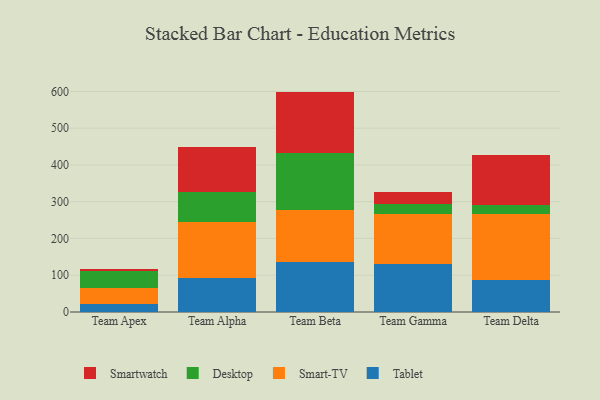
{"axis": {"x": "Team", "y": "Market Share (%)"}, "legend": ["Desktop", "Smart-TV", "Smartwatch", "Tablet"], "data": [{"x": "Team Apex", "y": 21.9, "type": "Tablet"}, {"x": "Team Apex", "y": 44.4, "type": "Smart-TV"}, {"x": "Team Apex", "y": 45.3, "type": "Desktop"}, {"x": "Team Apex", "y": 5.6, "type": "Smartwatch"}, {"x": "Team Alpha", "y": 93.2, "type": "Tablet"}, {"x": "Team Alpha", "y": 151.7, "type": "Smart-TV"}, {"x": "Team Alpha", "y": 82.1, "type": "Desktop"}, {"x": "Team Alpha", "y": 120.7, "type": "Smartwatch"}, {"x": "Team Beta", "y": 136.0, "type": "Tablet"}, {"x": "Team Beta", "y": 141.6, "type": "Smart-TV"}, {"x": "Team Beta", "y": 155.1, "type": "Desktop"}, {"x": "Team Beta", "y": 166.9, "type": "Smartwatch"}, {"x": "Team Gamma", "y": 129.4, "type": "Tablet"}, {"x": "Team Gamma", "y": 137.9, "type": "Smart-TV"}, {"x": "Team Gamma", "y": 27.2, "type": "Desktop"}, {"x": "Team Gamma", "y": 32.5, "type": "Smartwatch"}, {"x": "Team Delta", "y": 87.9, "type": "Tablet"}, {"x": "Team Delta", "y": 178.1, "type": "Smart-TV"}, {"x": "Team Delta", "y": 25.6, "type": "Desktop"}, {"x": "Team Delta", "y": 134.6, "type": "Smartwatch"}]}